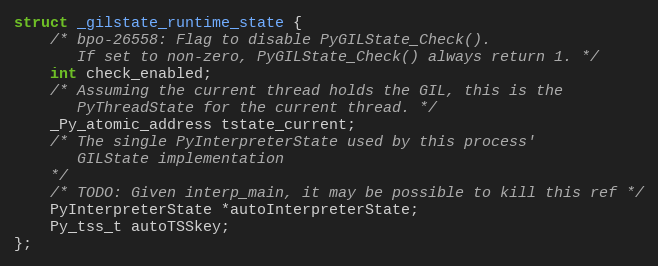
Language: C
struct _gilstate_runtime_state {
    /* bpo-26558: Flag to disable PyGILState_Check().
       If set to non-zero, PyGILState_Check() always return 1. */
    int check_enabled;
    /* Assuming the current thread holds the GIL, this is the
       PyThreadState for the current thread. */
    _Py_atomic_address tstate_current;
    /* The single PyInterpreterState used by this process'
       GILState implementation
    */
    /* TODO: Given interp_main, it may be possible to kill this ref */
    PyInterpreterState *autoInterpreterState;
    Py_tss_t autoTSSkey;
};